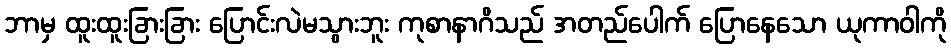
ဘာမှ ထူးထူးခြားခြား ပြောင်းလဲမသွားဘူး ကုစာနာဂိသည် အတည်ပေါက် ပြောနေသော ယုကာဝါကို